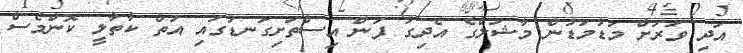
އަދި ވަރަށް މަޑުމަޑުން މާޝަލްގެ އެދިގު ފަން އިސްތަށިގަނޑުގައި އަތް ކާތާލީ ކޮންމެސް